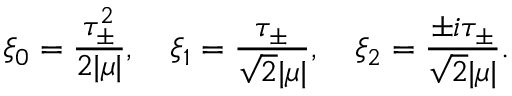
\xi _ { 0 } = \frac { \tau _ { \pm } ^ { 2 } } { { 2 } | \mu | } , ~ ~ ~ \xi _ { 1 } = \frac { \tau _ { \pm } } { \sqrt { 2 } | \mu | } , ~ ~ ~ \xi _ { 2 } = \frac { \pm i \tau _ { \pm } } { \sqrt { 2 } | \mu | } .